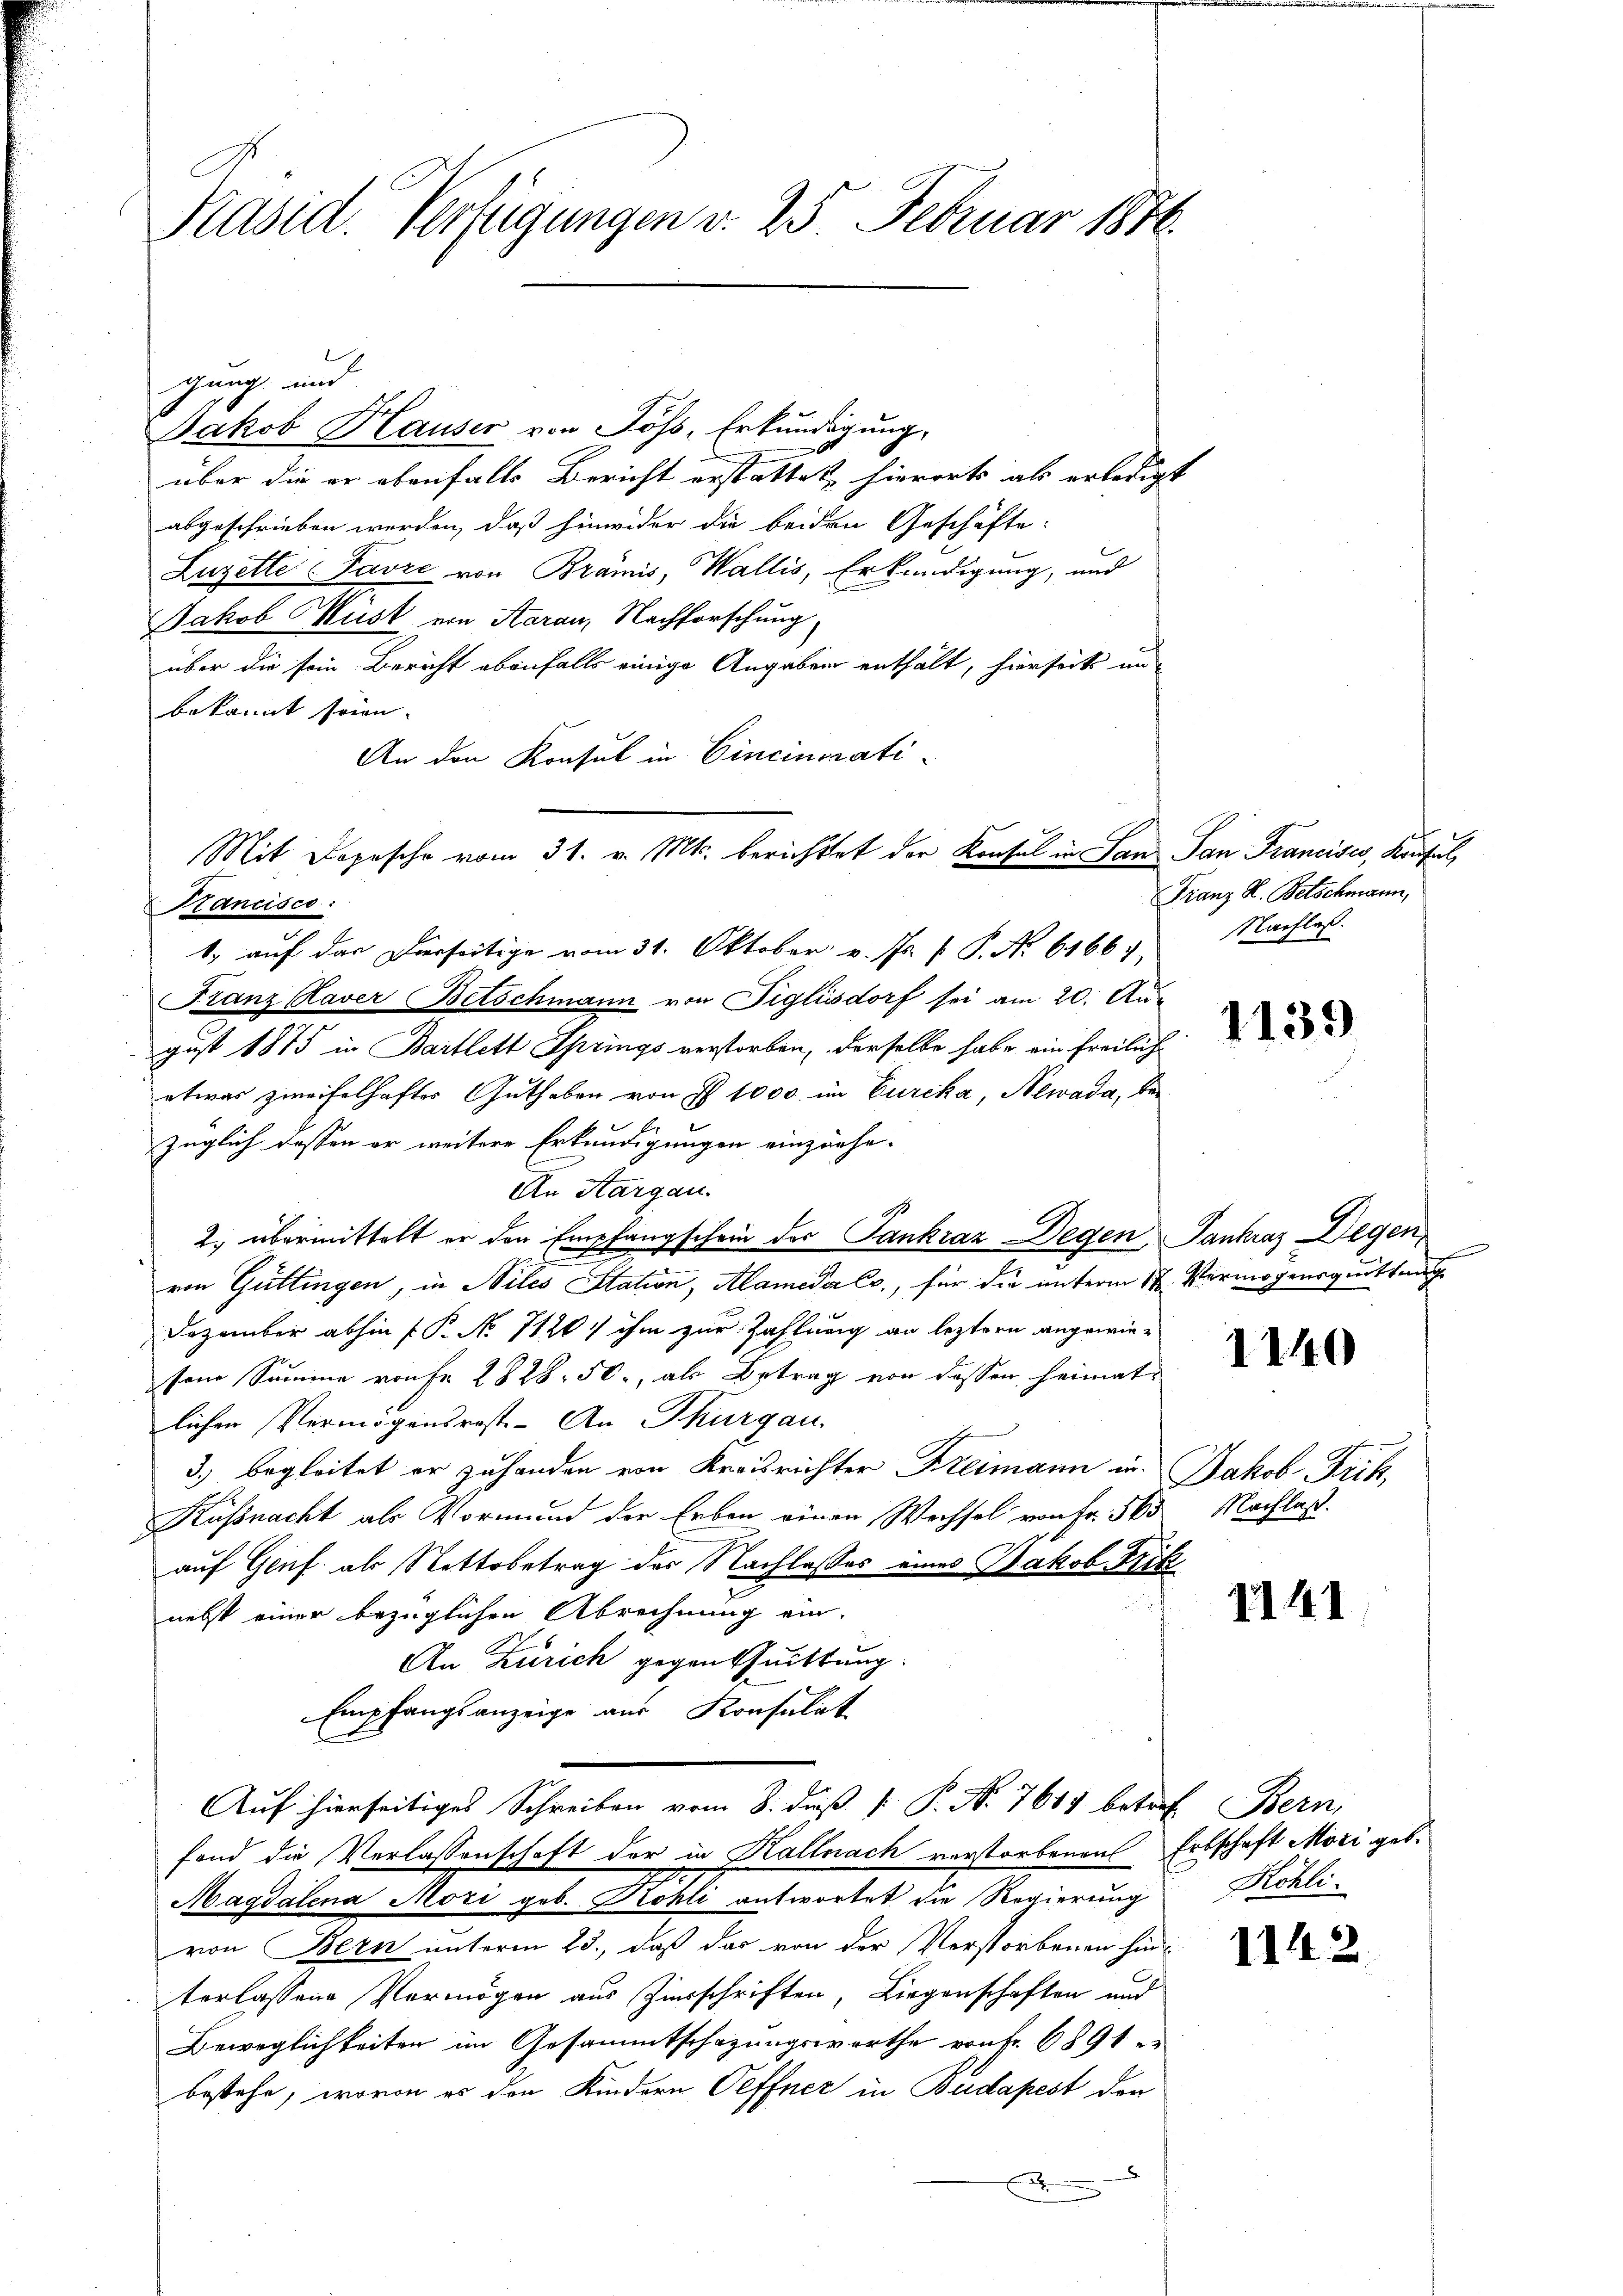
Pasid. Verfügungen v. 25. Februar 1876.

gung und
Jakob Hauser von Johs, Erkundigung,
über die er ebenfalls Bericht erstattet, hierorts als erledigt
abgeschrieben werden, daß hinwider die beiden Geschäfte
Luzelte Favre von Brämis, Wallis, Erkundigung, und
Jakob Wüst von Aarau, Nachforschung
über die sein Bericht ebenfalls einige Angaben enthalt, hierseits an
bekannt seien. |
An den Konsul in Cincinorati¬
Kancisco
1, auf das Derseitige vom 31. Oktober v. Js. f. P. Nr. 61667,
Franz Kaver Betschmann von Figlisdorf sei am 20. August 1875 in Bartlett Springs verstorben, derselbe habe ein freiliche
etwas zweifelhaftes Guthaben von § 1000. im Curcka, Newada, bezüglich dessen er weitere Erkundigungen einziehe-
An Aargau.
1
2. übermittelt er den Empfangschein des Sankraz Degen Tankraz Degen,
von Güttingen, in Siles Station, Alamida Cc., für die unterm 12. Vermögensquittung
Dezember abhin P. P. No 7120/ ihm zur Zahlung an leztern angewie-
sene Summe von Fr. 2828. 50., als Betrag von dessen heimat
lichen Vermögensrest - An Thurgau.
3.) begleitet er zuhanden von Kreisrichter Kreimann in
Küßnacht als Vormund der Erben einen Wechsel von Fr. 560
auf Genf als Nettobetrag des Nachlasses eines Jakob Fritz
nebst einer bezüglichen Abrechnung ein-
An Zürich gegen Quittung.
Empfangsanzeige aus Konsulat
Auf hierseitiges Schreiben vom 8. daß  P. Nr. 761 betref Bern,
fond die Verlassenschaft der in Kallnach verstorbenen Erbschaft Möri geb.
Magdalena Mozi geb. Kohli antwortet die Regierung
von Bern unterm 23., daß das von der Verstorbenen hinterlassene Vermögen aus Zierschriften, Liegenschaften und
Beweglichkeiten im Gesammtschazungswerthe von Fr. 6891
bestehe, wovon es den Kindern Oeffner in Budapest der
x
f

Mit Depesche vom 31. v. Mts. berichtet der Konsul in Lanz San Francises, Konsul,

Franz K. Betschmann,
Nachlaß.

1139

1140

Jakob Frik,
Nachlaß.

1141

1142

Köhli